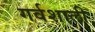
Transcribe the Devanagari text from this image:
गर्वशाली